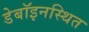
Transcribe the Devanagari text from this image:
डेबॉइनस्थित